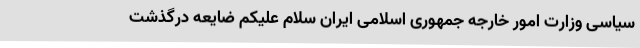
سیاسی وزارت امور خارجه جمهوری اسلامی ایران سلام علیکم ضایعه درگذشت